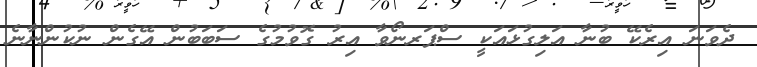
ދެވަނަ އިރެކޭ ބުނާ އަލިގުޅައަކީ ސްޕަރނޯވާ އިރު ގޮވުމުގެ ސަބަބުން އޭގެން ނުކުންނާނެ